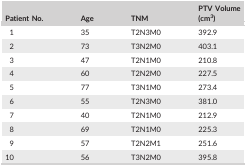
<table><thead><tr><td><b>Patient No.</b></td><td><b>Age</b></td><td><b>TNM</b></td><td><b>PTV Volume (cm<sup>3</sup>)</b></td></tr></thead><tbody><tr><td>1</td><td>35</td><td>T2N3M0</td><td>392.9</td></tr><tr><td>2</td><td>73</td><td>T3N2M0</td><td>403.1</td></tr><tr><td>3</td><td>47</td><td>T2N1M0</td><td>210.8</td></tr><tr><td>4</td><td>60</td><td>T2N2M0</td><td>227.5</td></tr><tr><td>5</td><td>77</td><td>T3N1M0</td><td>273.4</td></tr><tr><td>6</td><td>55</td><td>T2N3M0</td><td>381.0</td></tr><tr><td>7</td><td>40</td><td>T2N1M0</td><td>212.9</td></tr><tr><td>8</td><td>69</td><td>T2N1M0</td><td>225.3</td></tr><tr><td>9</td><td>57</td><td>T2N2M1</td><td>251.6</td></tr><tr><td>10</td><td>56</td><td>T3N2M0</td><td>395.8</td></tr></tbody></table>